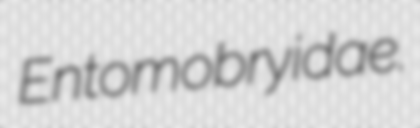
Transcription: Entomobryidae.